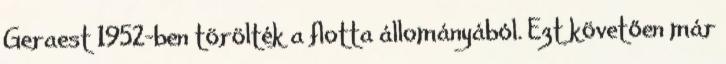
Geraest 1952-ben törölték a flotta állományából. Ezt követően már